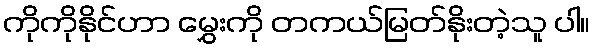
ကိုကိုနိုင်ဟာ မွှေးကို တကယ်မြတ်နိုးတဲ့သူ ပါ။